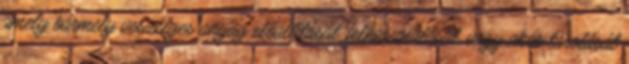
amely bármely veszélyes anyag előállítását, felhasználását, vagy akár tárolását